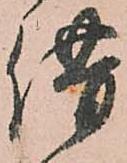
借